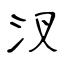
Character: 汊